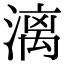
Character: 漓